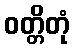
ဝတ္တိတုံ